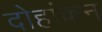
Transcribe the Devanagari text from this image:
दोहांकन